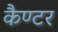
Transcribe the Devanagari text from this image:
कैण्टर